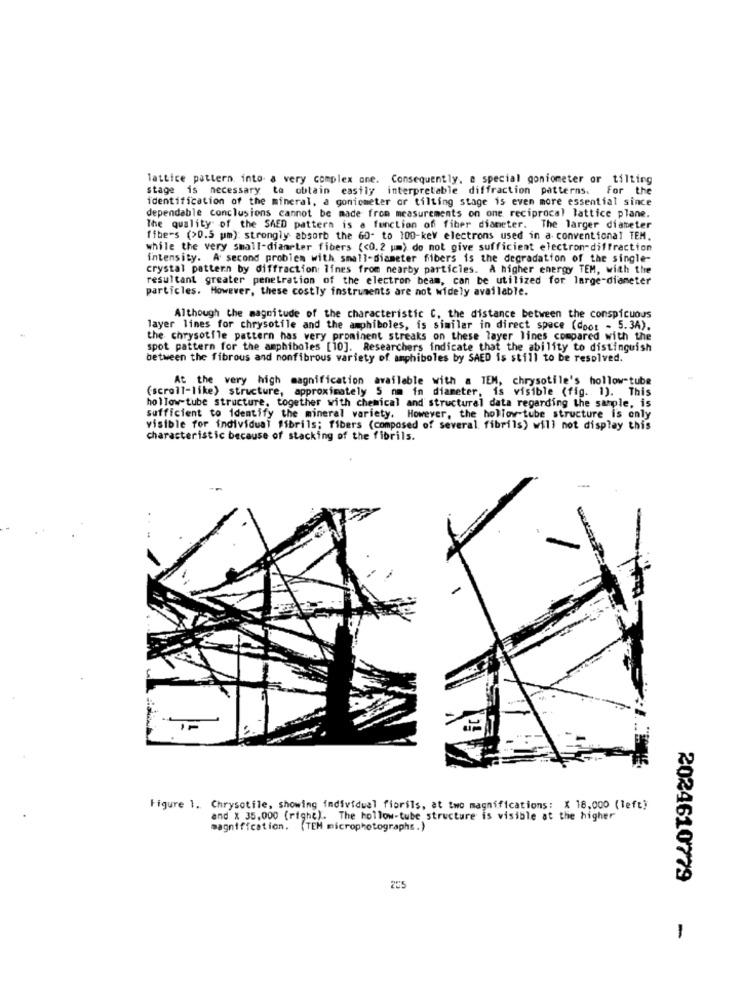
lattice pattern into a very complex one. Consequently, a special goniometer or tilting
stage is necessary to obtain easily interpretable diffraction patterns. For the
identification of the mineral, a goniometer or tilting stage is even more essential since
dependable conclusions cannot be made from measurements on one reciprocal lattice plane.
The quality of the SAED pattern is a function of fiber diameter. The larger diameter
fibers (>0.5 pm): strongly absorb the 60- to 100-key electrons used in a conventional TEM.
while the very small-diameter fibers << 0.2 um) do not give sufficient electron-diffraction
intensity. A second problem with small-diameter fibers is the degradation of the single-
crystal pattern by diffraction: lines from nearby particles. A higher energy TEM, with the
resultant greater penetration of the electron beam, can be utilized for large-diameter
particles. However, these costly instruments are not widely available.
Although the magnitude of the characteristic C. the distance between the conspicuous
layer lines for chrysotile and the amphiboles, is similar in direct space (doos - 5.34).
the chrysotile pattern has very prominent streaks on these layer lines compared with the
spot pattern for the amphiboles [10]. Researchers indicate that the ability to distinguish
between the fibrous and nonfibrous variety of amphiboles by SAED is still to be resolved.
At the very high magnification available with a TEM, chrysotile's hollow-tube
(scroll-like) structure, approximately 5 nm in diameter, is visible (fig. 1). This
hollow-tube structure, together with chemical and structural data regarding the sample, is
sufficient to identify the mineral variety. However, the hollow tube structure is only
visible for individual fibrils; fibers (composed of several fibrils) will not display this
characteristic because of stacking of the fibrils.
Figure 1. Chrysotile, showing individual fiorils, at two magnifications: X 18,000 (left)
and X 35.000 (righe). The hollow-tube structure is visible at the higher
magnification. (TEM microphotographs.)
2024610779
205